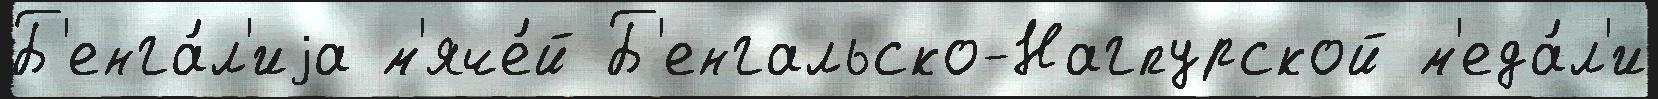
Б'енга́л'иjа м'яче́й Б'енгальско-Нагпурской м'еда́л'и